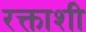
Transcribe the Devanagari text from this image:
रक्ताशी